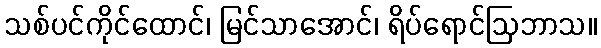
သစ်ပင်ကိုင်ထောင်၊ မြင်သာအောင်၊ ရိပ်ရောင်ဩဘာသ။